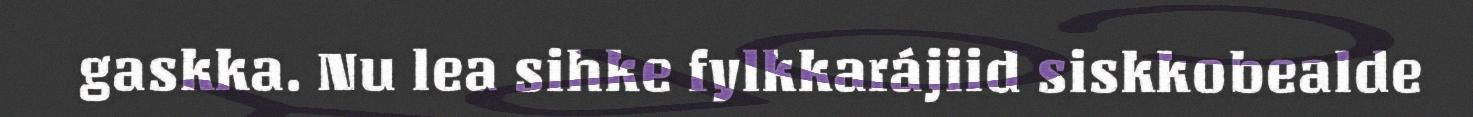
gaskka. Nu lea sihke fylkkarájiid siskkobealde